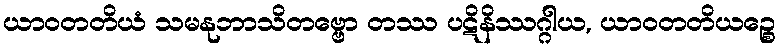
ယာဝတတိယံ သမနုဘာသိတဗ္ဗော တဿ ပဋိနိဿဂ္ဂါယ, ယာဝတတိယဉ္စေ